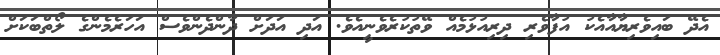
އެދޭ ބައިވެރިޔާއާއެކު އުފާވެރި ދިރިއުޅުމެއް ވޭތުކުރެވެނީއެވެ. އަދި އަދަށް ދާންދެންވެސް އަހަރެމެންގެ ލޯތްބަކަށް